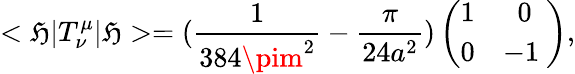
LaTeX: <\mathfrak{H}|T_{\nu}^{\mu}|\mathfrak{H}>=(\frac{{1}}{{384\pim^{2}}}-\frac{{\pi}}{{24a^{2}}})\left(\begin{array}{cc}{{1}}&{{0}}\\ {{0}}&{{-1\ }}\end{array}\right),